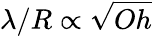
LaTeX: \lambda/R\propto\sqrt{Oh}